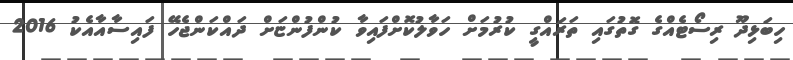
ހިބަޅިދޫ ރިސޯޓެއްގެ ގޮތުގައި ތަރައްގީ ކުރުމަށް ހަވާލުކޮށްފައިވާ ކުންފުންޏަށް ދައްކަންޖެހޭ ފައިސާއާއެކު 2016